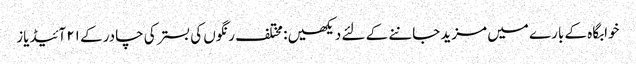
خوابگاہ کے بارے میں مزید جاننے کے لئے دیکھیں: مختلف رنگوں کی بستر کی چادر کے ۲۱ آئیڈیاز